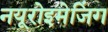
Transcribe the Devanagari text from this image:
नयूरोइमेजिंग